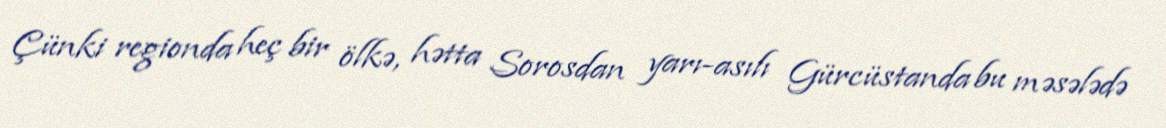
Çünki regionda heç bir ölkə, hətta Sorosdan yarı-asılı Gürcüstanda bu məsələdə